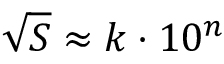
{ \sqrt { S } } \approx k \cdot 1 0 ^ { n }